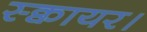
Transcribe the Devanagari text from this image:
स्क्वायर।